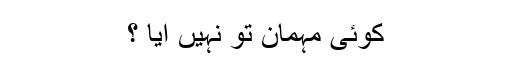
کوئی مہمان تو نہیں آیا ؟